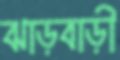
ঝাড়বাড়ী